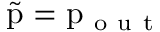
\tilde { \mathrm { p } } = \mathrm { p } _ { \mathrm { ~ o ~ u ~ t ~ } }